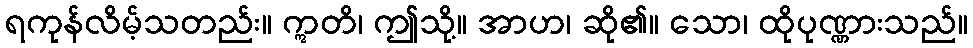
ရကုန်လိမ့်သတည်း။ ဣတိ၊ ဤသို့။ အာဟ၊ ဆို၏။ သော၊ ထိုပုဏ္ဏားသည်။